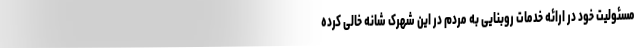
مسئولیت خود در ارائه خدمات روبنایی به مردم در این شهرک شانه خالی کرده